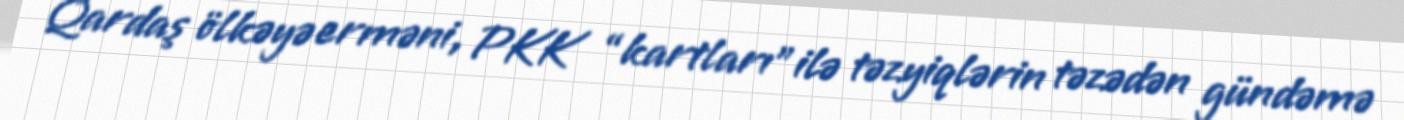
Qardaş ölkəyə erməni, PKK “kartları” ilə təzyiqlərin təzədən gündəmə